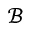
\mathcal { B }